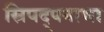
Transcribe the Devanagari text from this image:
स्रिपद्पनाभा